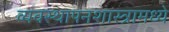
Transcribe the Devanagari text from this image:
व्यवस्थापनशास्त्रामध्ये